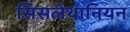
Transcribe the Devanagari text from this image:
सिसलेथानियन